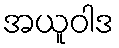
အယူဝါဒ